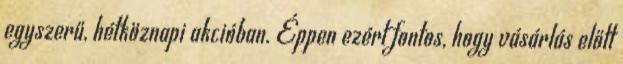
egyszerű, hétköznapi akcióban. Éppen ezért fontos, hogy vásárlás előtt